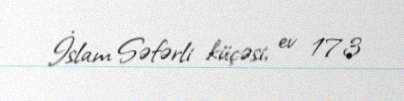
İslam Səfərli küçəsi, ev 173